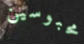
محبوسين